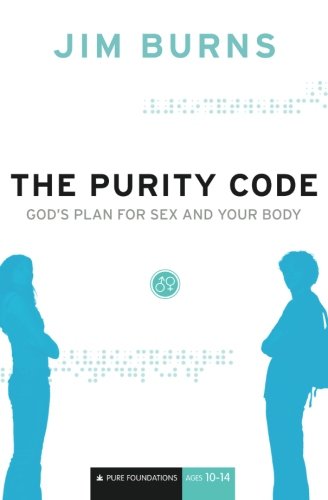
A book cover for The Purity Code: God's Plan for Sex and Your Body (Pure Foundations); Jim Burns; Christian Books & Bibles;